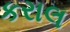
કરાલ